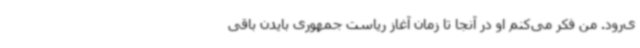
ی‌رود. من فکر می‌کنم او در آنجا تا زمان آغاز ریاست جمهوری بایدن باقی